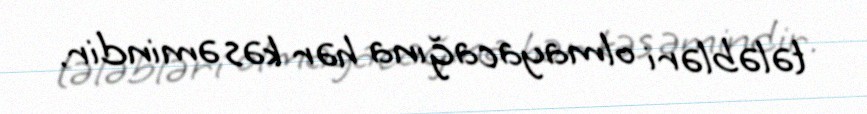
tələbləri olmayacağına hər kəs əmindir.